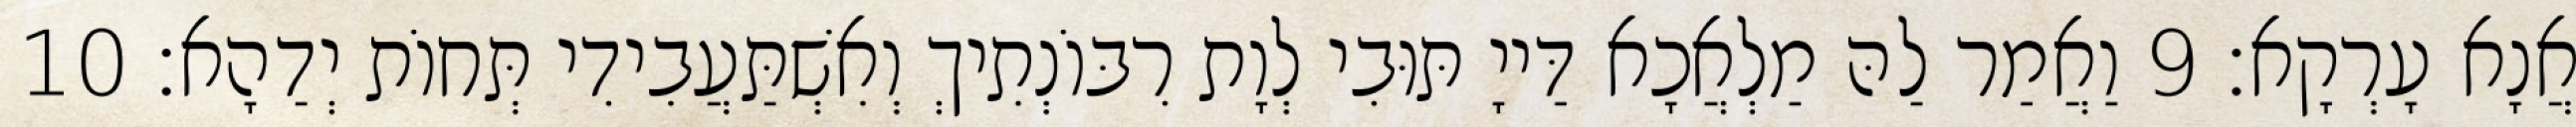
אֲנָא עָרְקָא׃ 9 וַאֲמַר לַהּ מַלְאֲכָא דַּייָ תּוּבִי לְוָת רִבּוֹנְתִיךְ וְאִשְׁתַּעֲבִידִי תְּחוֹת יְדַהָא׃ 10